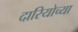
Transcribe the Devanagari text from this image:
दारियोच्या